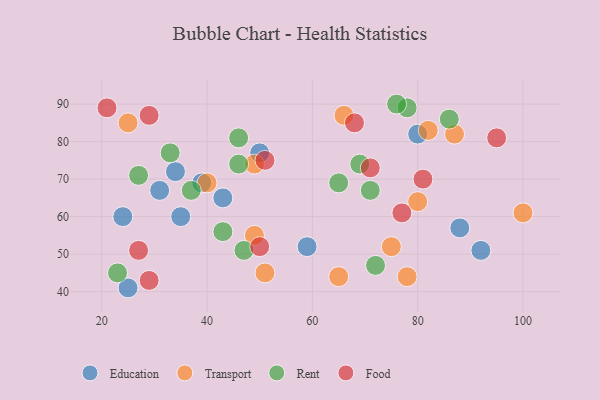
{"axis": {"x": "GDP", "y": "Life Expectancy"}, "legend": ["Education", "Food", "Rent", "Transport"], "data": [{"x": "92", "y": 51, "type": "Education"}, {"x": "39", "y": 69, "type": "Education"}, {"x": "24", "y": 60, "type": "Education"}, {"x": "43", "y": 65, "type": "Education"}, {"x": "88", "y": 57, "type": "Education"}, {"x": "25", "y": 41, "type": "Education"}, {"x": "50", "y": 77, "type": "Education"}, {"x": "35", "y": 60, "type": "Education"}, {"x": "59", "y": 52, "type": "Education"}, {"x": "31", "y": 67, "type": "Education"}, {"x": "34", "y": 72, "type": "Education"}, {"x": "80", "y": 82, "type": "Education"}, {"x": "75", "y": 52, "type": "Transport"}, {"x": "49", "y": 74, "type": "Transport"}, {"x": "51", "y": 45, "type": "Transport"}, {"x": "49", "y": 55, "type": "Transport"}, {"x": "66", "y": 87, "type": "Transport"}, {"x": "82", "y": 83, "type": "Transport"}, {"x": "65", "y": 44, "type": "Transport"}, {"x": "25", "y": 85, "type": "Transport"}, {"x": "87", "y": 82, "type": "Transport"}, {"x": "78", "y": 44, "type": "Transport"}, {"x": "80", "y": 64, "type": "Transport"}, {"x": "40", "y": 69, "type": "Transport"}, {"x": "100", "y": 61, "type": "Transport"}, {"x": "23", "y": 45, "type": "Rent"}, {"x": "86", "y": 86, "type": "Rent"}, {"x": "78", "y": 89, "type": "Rent"}, {"x": "47", "y": 51, "type": "Rent"}, {"x": "69", "y": 74, "type": "Rent"}, {"x": "33", "y": 77, "type": "Rent"}, {"x": "27", "y": 71, "type": "Rent"}, {"x": "71", "y": 67, "type": "Rent"}, {"x": "65", "y": 69, "type": "Rent"}, {"x": "72", "y": 47, "type": "Rent"}, {"x": "46", "y": 81, "type": "Rent"}, {"x": "46", "y": 74, "type": "Rent"}, {"x": "76", "y": 90, "type": "Rent"}, {"x": "43", "y": 56, "type": "Rent"}, {"x": "37", "y": 67, "type": "Rent"}, {"x": "21", "y": 89, "type": "Food"}, {"x": "71", "y": 73, "type": "Food"}, {"x": "50", "y": 52, "type": "Food"}, {"x": "29", "y": 87, "type": "Food"}, {"x": "27", "y": 51, "type": "Food"}, {"x": "51", "y": 75, "type": "Food"}, {"x": "95", "y": 81, "type": "Food"}, {"x": "81", "y": 70, "type": "Food"}, {"x": "29", "y": 43, "type": "Food"}, {"x": "77", "y": 61, "type": "Food"}, {"x": "68", "y": 85, "type": "Food"}]}